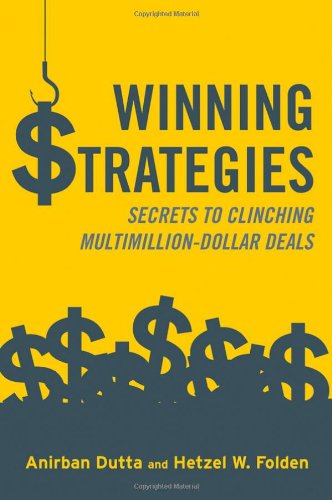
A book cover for Winning Strategies: Secrets to Clinching Multimillion-Dollar Deals; Anirban Dutta; Business & Money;